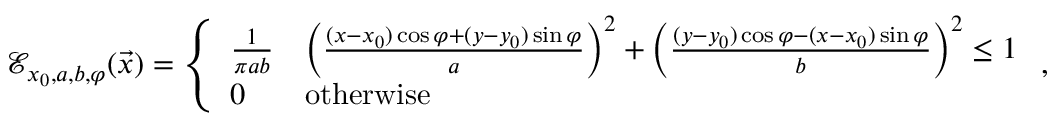
\begin{array} { r } { \mathcal { E } _ { x _ { 0 } , a , b , \varphi } ( \Vec { x } ) = \left\{ \begin{array} { l l } { \frac { 1 } { \pi a b } } & { \left( \frac { ( x - x _ { 0 } ) \cos \varphi + ( y - y _ { 0 } ) \sin \varphi } { a } \right) ^ { 2 } + \left( \frac { ( y - y _ { 0 } ) \cos \varphi - ( x - x _ { 0 } ) \sin \varphi } { b } \right) ^ { 2 } \leq 1 } \\ { 0 } & { \mathrm { o t h e r w i s e } } \end{array} \right. , } \end{array}